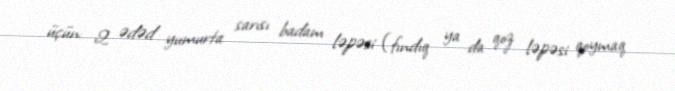
üçün: 2 ədəd yumurta sarısı badam ləpəsi (fındıq ya da qoz ləpəsi qoymaq